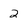
Character: 2